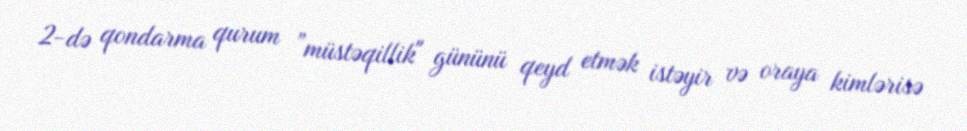
2-də qondarma qurum ”müstəqillik" gününü qeyd etmək istəyir və oraya kimlərisə